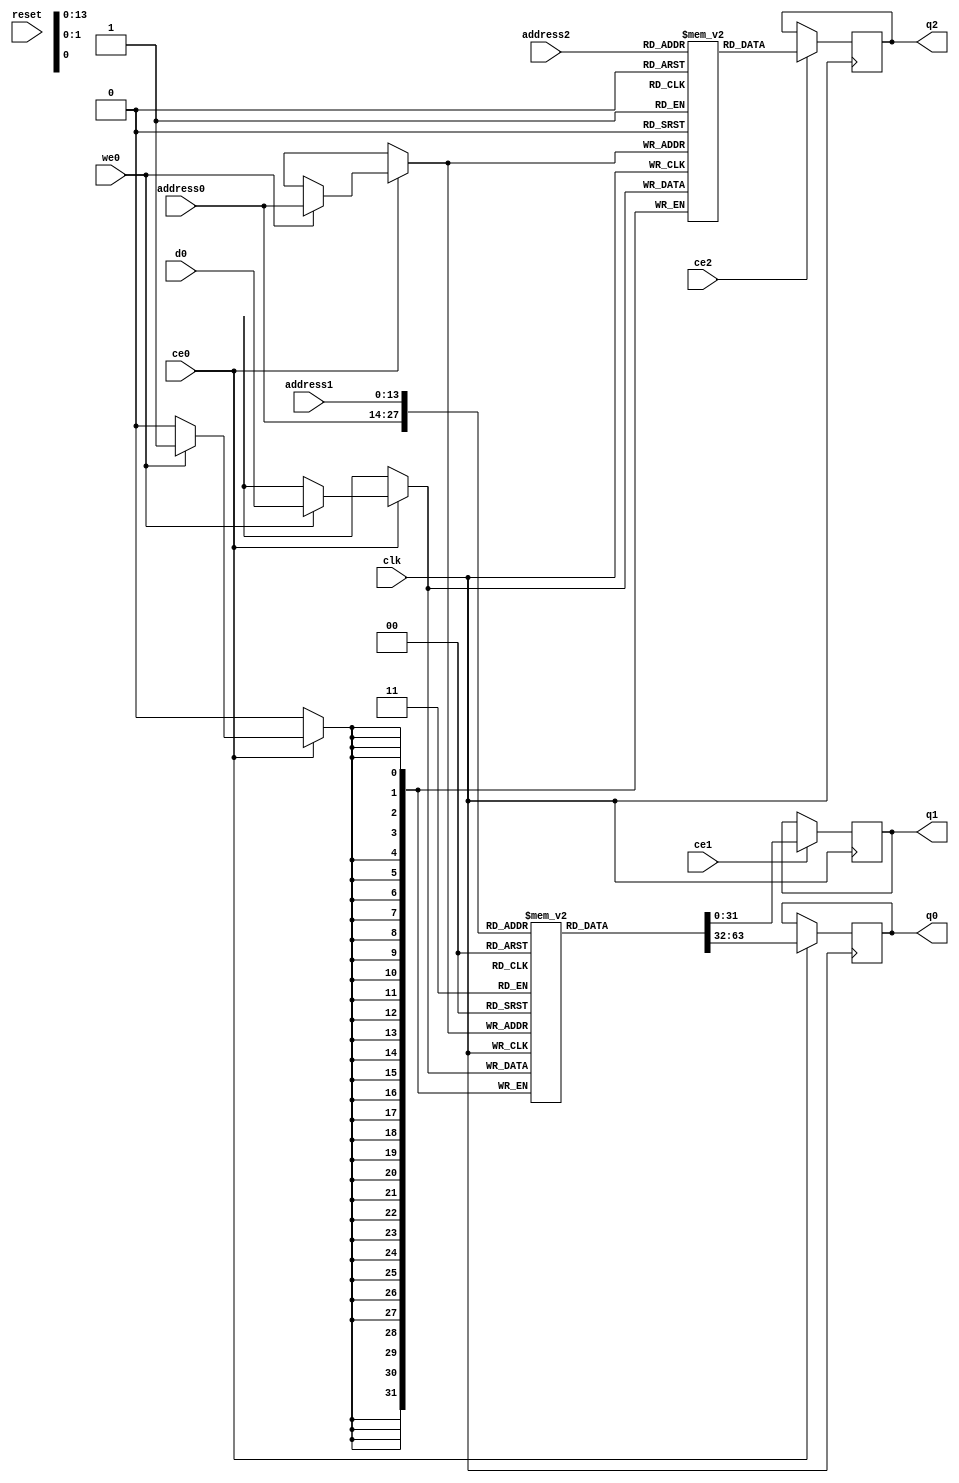
// ==============================================================
// Vitis HLS - High-Level Synthesis from C, C++ and OpenCL v2022.1 (64-bit)
// Tool Version Limit: 2022.04
// Copyright 1986-2022 Xilinx, Inc. All Rights Reserved.
// ==============================================================
`timescale 1 ns / 1 ps
module vadd_join_page_page_A_left_RAM_1WNR_AUTO_1R1W (address0, ce0, d0, we0, q0, address1, ce1, q1, address2, ce2, q2,  reset, clk);

parameter DataWidth = 32;
parameter AddressWidth = 14;
parameter AddressRange = 10000;

input[AddressWidth-1:0] address0;
input ce0;
input[DataWidth-1:0] d0;
input we0;
output reg[DataWidth-1:0] q0;
input[AddressWidth-1:0] address1;
input ce1;
output reg[DataWidth-1:0] q1;
input[AddressWidth-1:0] address2;
input ce2;
output reg[DataWidth-1:0] q2;
input reset;
input clk;

(* ram_style = "auto" *)reg [DataWidth-1:0] ram0[0:AddressRange-1];
(* ram_style = "auto" *)reg [DataWidth-1:0] ram1[0:AddressRange-1];



always @(posedge clk)  
begin 
    if (ce0) begin
        if (we0) 
            ram0[address0] <= d0; 
        q0 <= ram0[address0];
    end
end


always @(posedge clk)  
begin 
    if (ce1) begin
        q1 <= ram0[address1];
    end
end


always @(posedge clk)  
begin 
    if (ce0) begin
        if (we0) 
            ram1[address0] <= d0; 
    end
end

always @(posedge clk)  
begin 
    if (ce2) begin
        q2 <= ram1[address2];
    end
end


endmodule